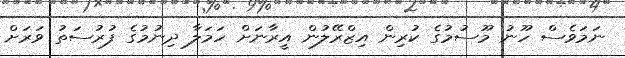
ނަމަވެސް ހޫނު މޫސުމުގެ ކުރިން އިޒްރޭލުން އީރާނަށް ހަމަލާ ދިނުމުގެ ފުރުސަތު ވަރަށް